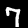
Label: 7